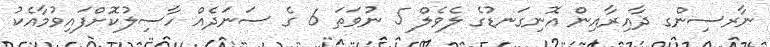
ނާރސިންގ ދާއިރާއިން އޮނިގަނޑުގެ ލެވެލް 5 ނުވަތަ 6 ގެ ސަނަދެއް ހާސިލުކޮށްފައިވުމާއެކު